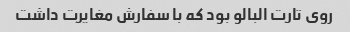
روی تارت البالو بود که با سفارش مغایرت داشت